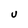
Character: U